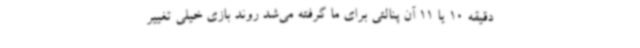
دقیقه 10 یا 11 آن پنالتی برای ما گرفته می‌شد روند بازی خیلی تغییر